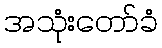
အသုံးတော်ခံ